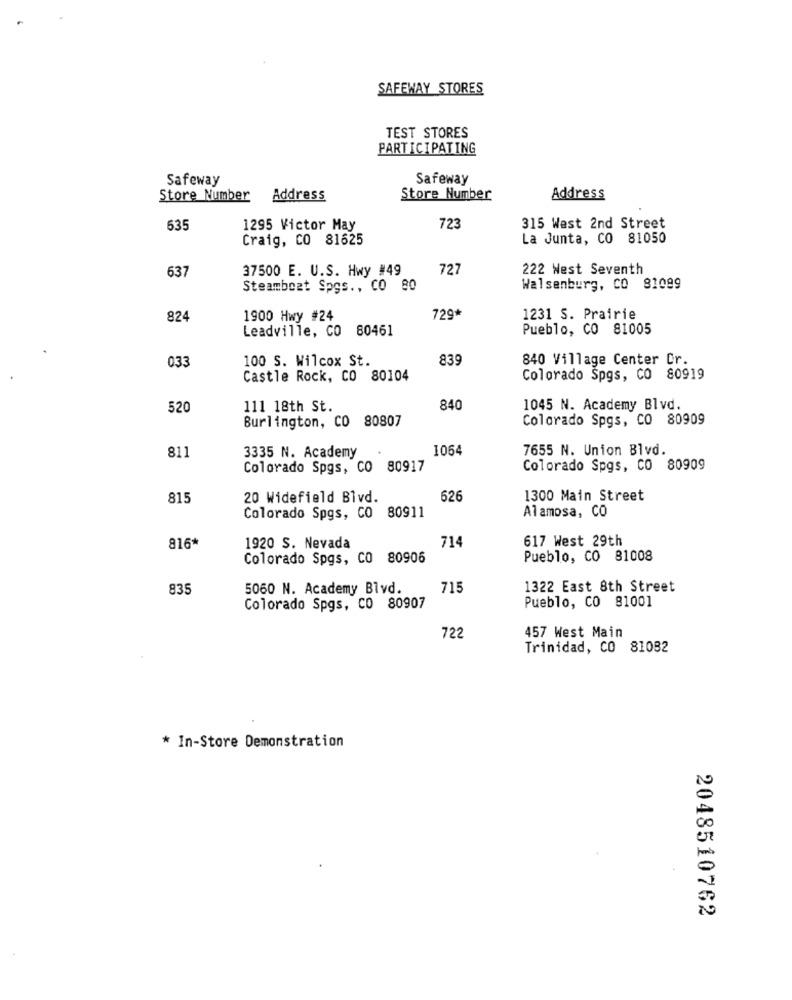
SAFEWAY STORES
TEST STORES
PARTICIPATING
Safeway
Safeway
Store Number
Address
Store Number
Address
635
1295 Victor May
723
315 West 2nd Street
Craig, CO 81625
La Junta, CO 81050
637
37500 E. U.S. Hwy #49
727
222 West Seventh
Steamboat Spgs ., CO 80
Walsenburg, CO 81099
824
1900 Hwy #24
729*
1231 S. Prairie
Leadville, CO 80461
Pueblo, CO 81005
100 S. Wilcox St.
839
840 Village Center Cr.
033
Castle Rock, CO 80104
Colorado Spgs, CO 80919
520
111 18th St.
840
1045 N. Academy Blvd.
Burlington, CO 80807
Colorado Spgs, CO 80909
811
3335 N. Academy
1064
7655 N. Union Blvd.
Colorado Spgs, CO
80917
Colorado Spgs, CO 80909
815
20 Widefield Blvd.
626
1300 Main Street
Alamosa, CO
Colorado Spgs, CO 80911
617 West 29th
816*
1920 S. Nevada
714
Colorado Spgs, CO 80906
Pueblo, CO 81008
835
5060 N. Academy Blvd.
715
1322 East 8th Street
Pueblo, CO 81001
Colorado Spgs, CO 80907
457 West Main
722
Trinidad, CO 81082
* In-Store Demonstration
2048510762